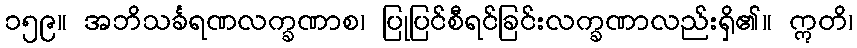
၁၅၉။ အဘိသင်္ခရဏလက္ခဏာစ၊ ပြုပြင်စီရင်ခြင်းလက္ခဏာလည်းရှိ၏။ ဣတိ၊